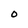
Character: O